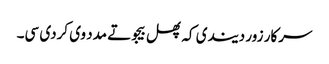
سرکار زور دیندی کہ پھل بیجو تے مدد وی کردی سی۔